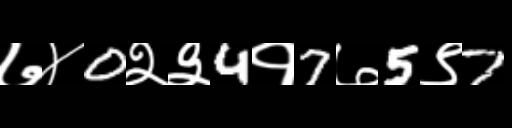
Text: ७४0२३4१7७5९7